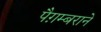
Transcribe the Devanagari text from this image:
पैग़म्बराने